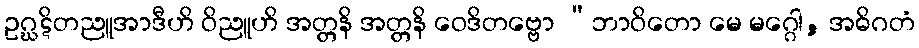
ဥဂ္ဃဋိတညူအာဒီဟိ ဝိညူဟိ အတ္တနိ အတ္တနိ ဝေဒိတဗ္ဗော “ဘာဝိတော မေ မဂ္ဂေါ, အဓိဂတံ